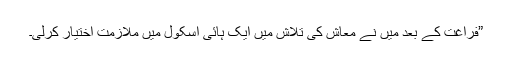
”فراغت کے بعد میں نے معاش کی تلاش میں ایک ہائی اسکول میں ملازمت اختیار کرلی۔